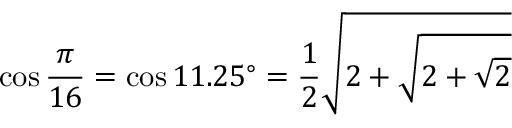
\cos { \frac { \pi } { 1 6 } } = \cos 1 1 . 2 5 ^ { \circ } = { \frac { 1 } { 2 } } { \sqrt { 2 + { \sqrt { 2 + { \sqrt { 2 } } } } } }